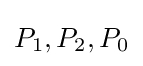
P_{1},P_{2},P_{0}